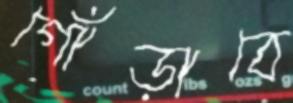
গোঁড়াবে